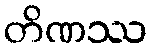
တိဏဿ